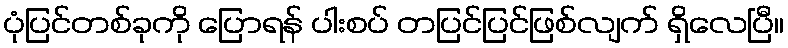
ပုံပြင်တစ်ခုကို ပြောရန် ပါးစပ် တပြင်ပြင်ဖြစ်လျက် ရှိလေပြီ။